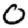
Digit: 0